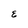
Character: E